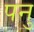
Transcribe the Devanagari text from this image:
पनु